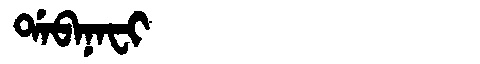
Manchu: ᡩᠠᠪᠠᠨᠠᠸᡳ
Romanization: DABANAFI